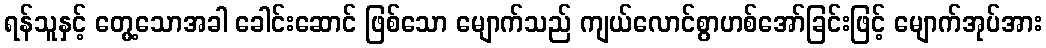
ရန်သူနှင့် တွေ့သောအခါ ခေါင်းဆောင် ဖြစ်သော မျောက်သည် ကျယ်လောင်စွာဟစ်အော်ခြင်းဖြင့် မျောက်အုပ်အား